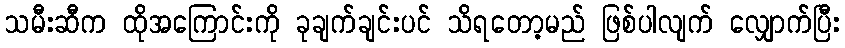
သမီးဆီက ထိုအကြောင်းကို ခုချက်ချင်းပင် သိရတော့မည် ဖြစ်ပါလျက် လျှောက်ပြီး